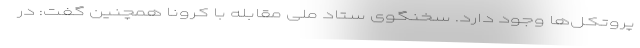
پروتکل‌ها وجود دارد. سخنگوی ستاد ملی مقابله با کرونا همچنین گفت: در